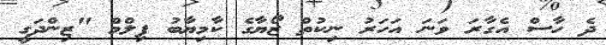
ދެ ހާސް އެގާރަ ވަނަ އަހަރު ނިކުތް ޒޯޔާގެ ކާމިޔާބު ފިލްމް "ޒިންދަގީ